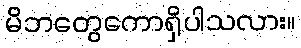
မိဘတွေကောရှိပါသလား။